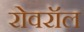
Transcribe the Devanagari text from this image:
रोवरॉल